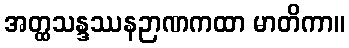
အတ္ထသန္ဒဿနဉာဏကထာ မာတိကာ။